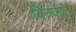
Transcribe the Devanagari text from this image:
बिनकटे